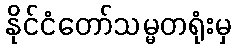
နိုင်ငံတော်သမ္မတရုံးမှ